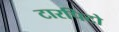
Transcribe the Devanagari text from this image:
टारपिटो